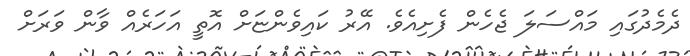
ދެމެދުގައި މައްސަލަ ޖެހެން ފެށިއެވެ. އޭރު ކައިވެންޏަަށް އޮތީ އަހަރެއް ވާން ވަރަށް